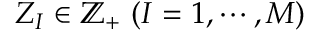
Z _ { I } \in \mathbb { Z } _ { + } ~ ( I = 1 , \cdots , M )